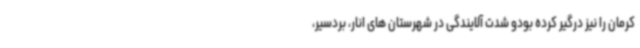
کرمان را نیز درگیر کرده بودو شدت آلایندگی در شهرستان های انار، بردسیر،